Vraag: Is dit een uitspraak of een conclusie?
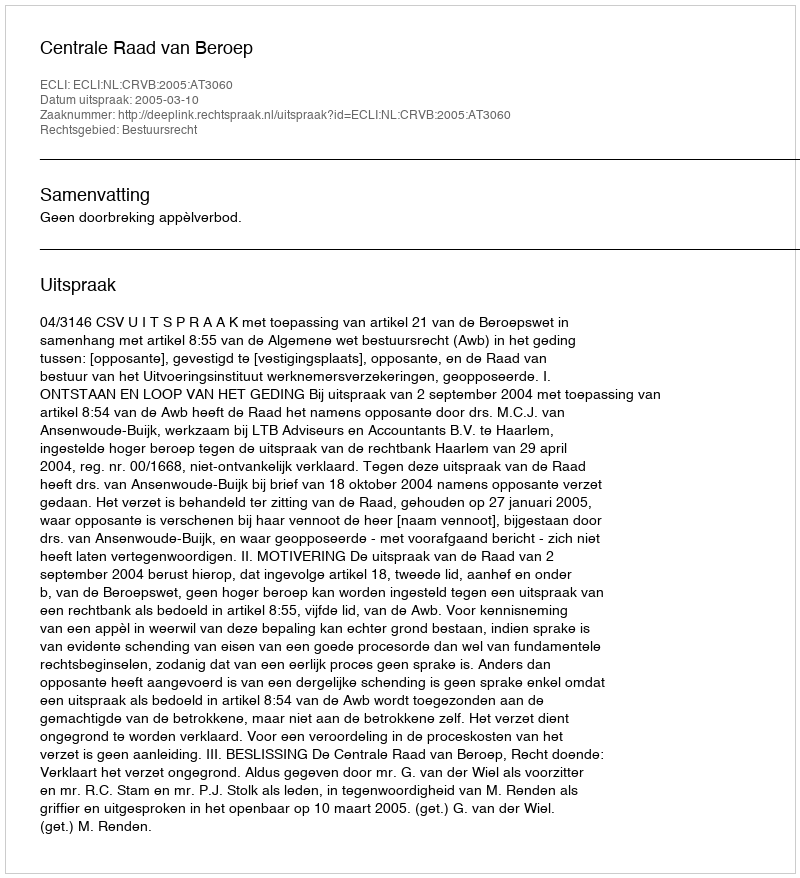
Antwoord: Uitspraak